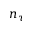
n _ { \tau }